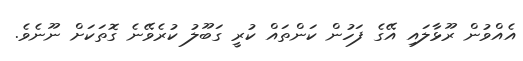
އެއްވުން ރޫޅާލައި އޭގެ ފަހުން ކަންތައް ކުރީ ގަބޫލު ކުރެވޭނެ ގޮތަކަށް ނޫނެވެ.